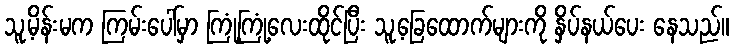
သူ့မိန်းမက ကြမ်းပေါ်မှာ ကြုံ့ကြုံ့လေးထိုင်ပြီး သူ့ခြေထောက်များကို နှိပ်နယ်ပေး နေသည်။